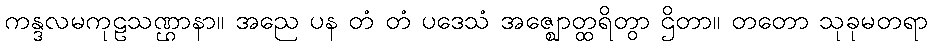
ကန္ဒလမကုဠသဏ္ဌာနာ။ အညေ ပန တံ တံ ပဒေသံ အဇ္ဈောတ္ထရိတွာ ဌိတာ။ တတော သုခုမတရာ